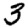
Digit: 3